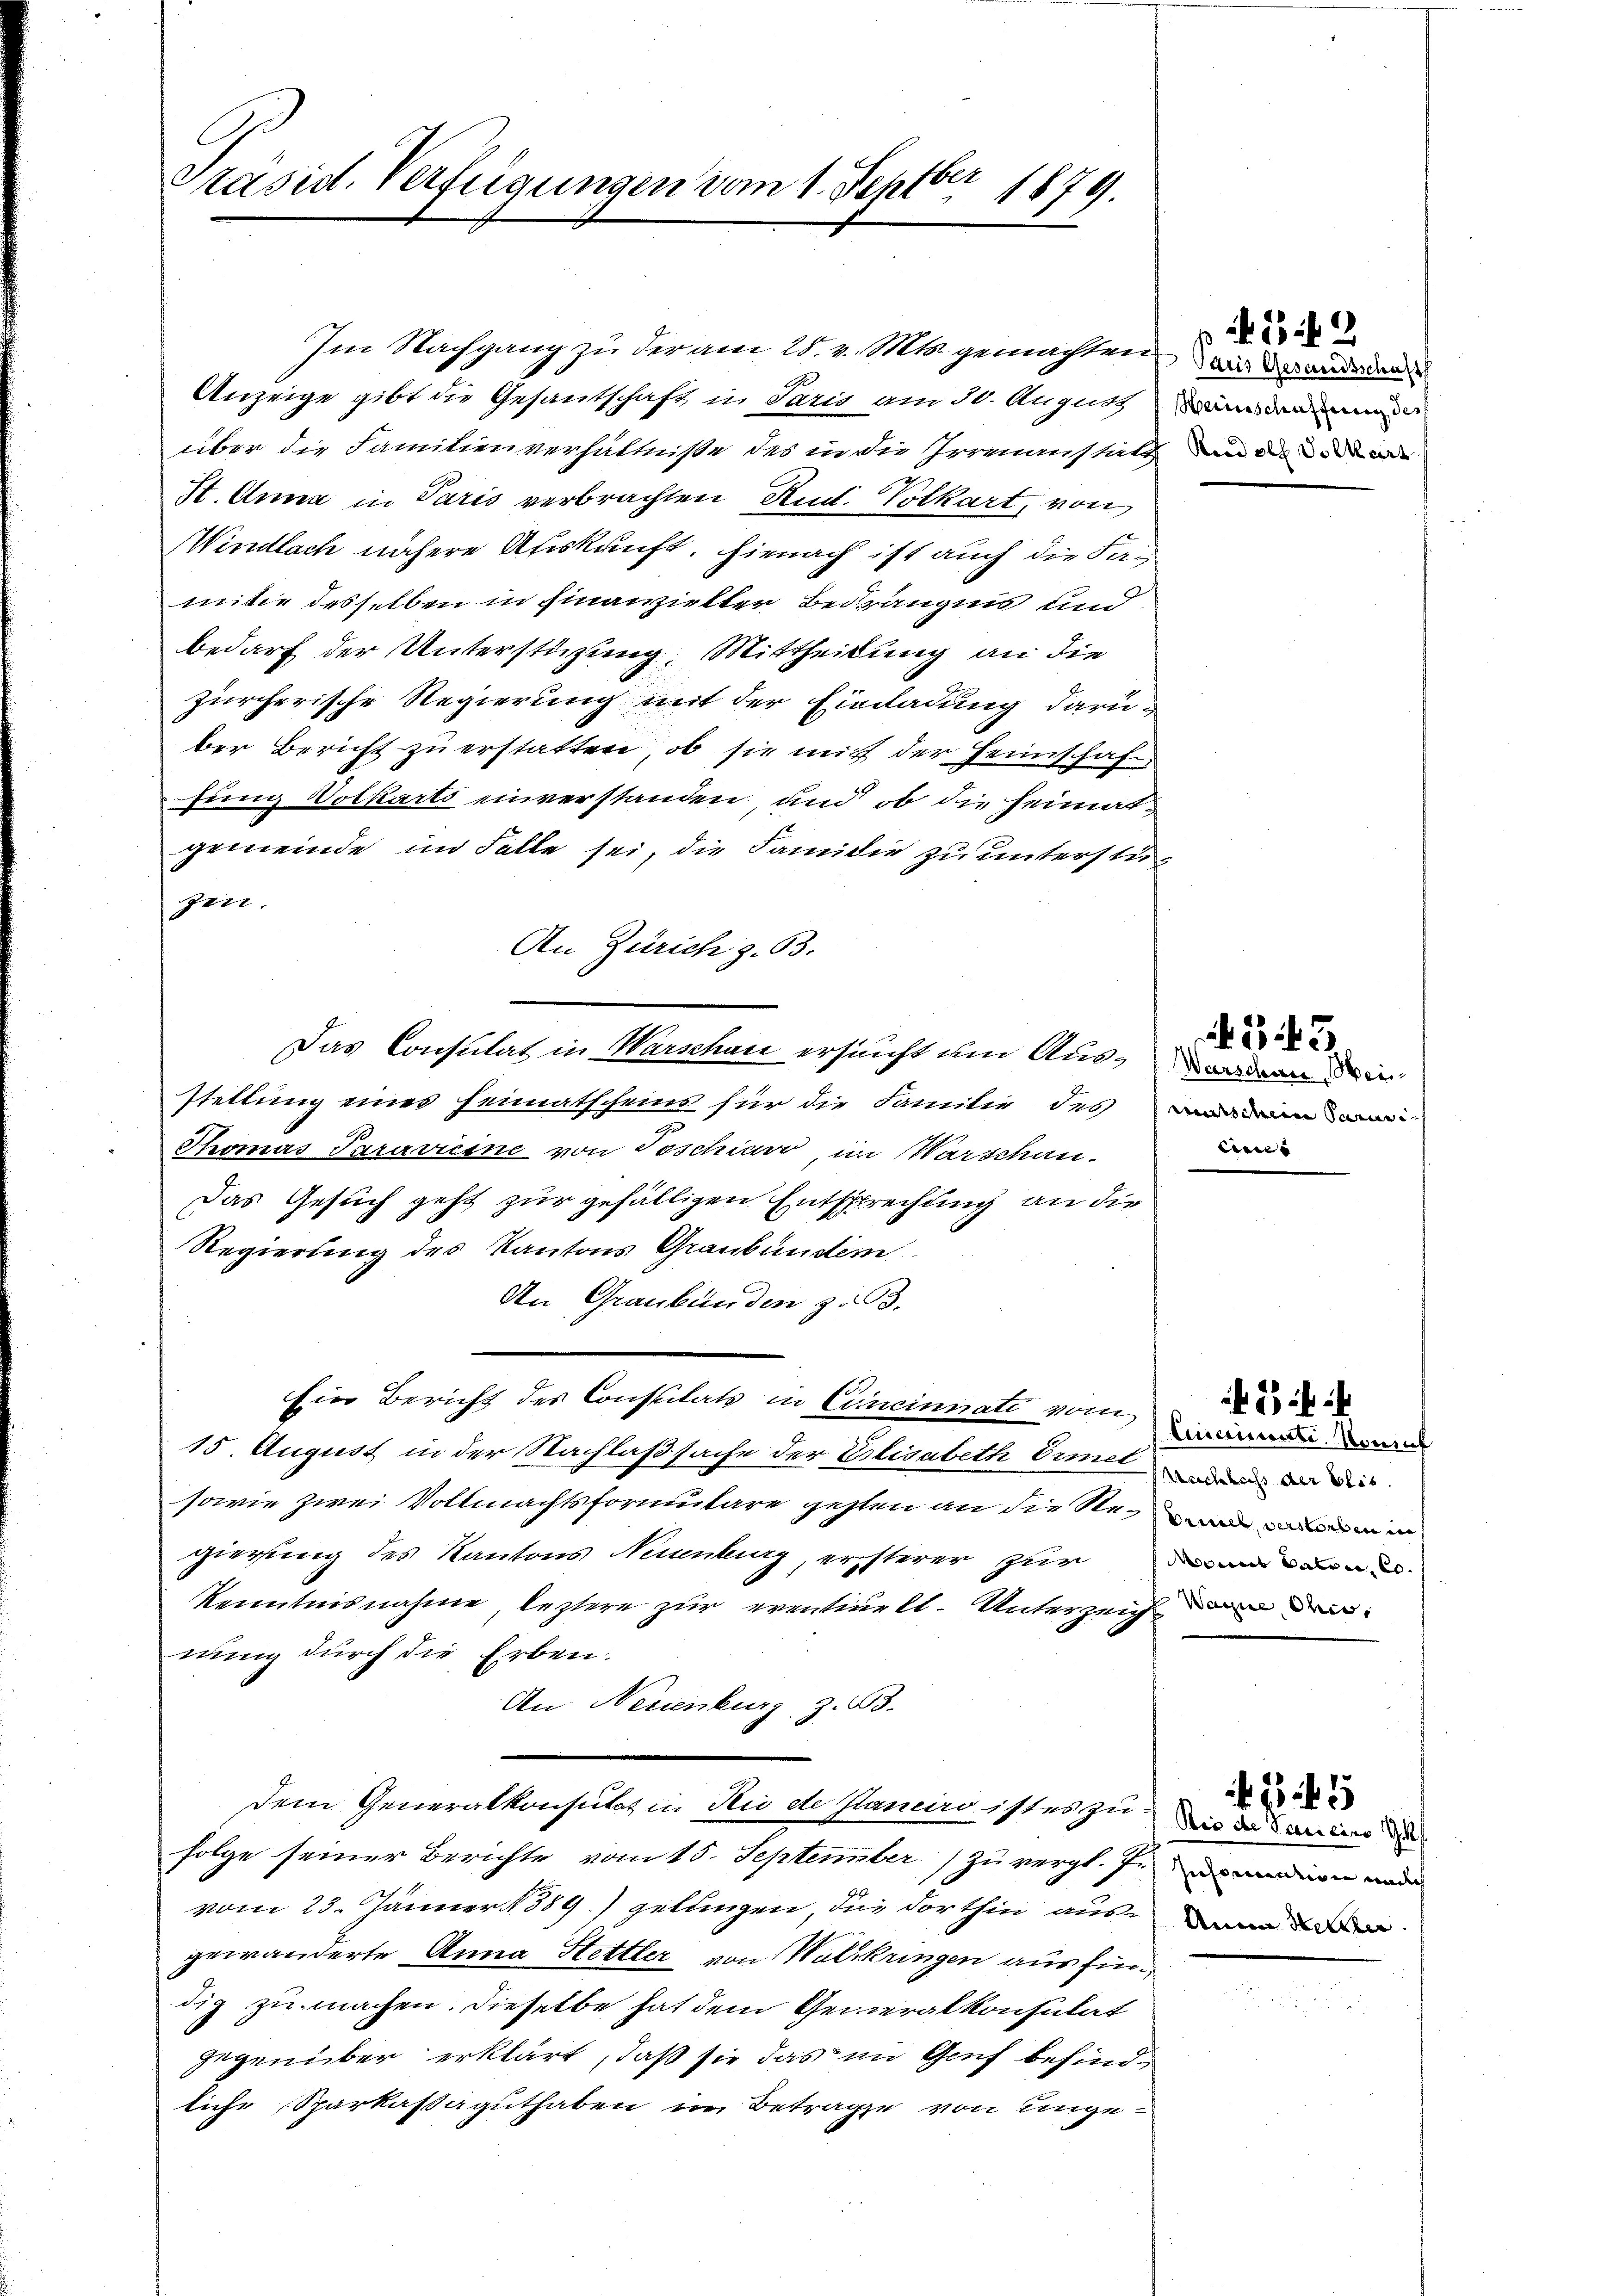
Präsid. Verfügungen vom 1. Septbr 1879.

über die Familienverhältniße des in die Irrenanstatt
St. Anna in Paris verbrachten Rud. Volkart, von
Windlach nähere Auskauft. Hienach ist auch die Famitie desselben in Finanzielter Bedrängnis und
bedarf der Unterstützung, Mittheilung an die
zürcherische Regierung mit der Einladung darüber Bericht zu erstatten, ob sie mit der Heimschaft
fung Volkarts einverstanden, und ob die Heimatgemeinde im Falle sei, die Familie zu unterstüzen.
An Zürich z. B.
Das Consulat in Warschau ersucht um Ausar denen
stellung eines Heimatscheins für die Familie des ein
Thomas Saravicine von Toschiavo im Warschau
Das Gesuch geht zur gefälligen Entsprechung an die
Regierung des Kantons Graubünden
An Graubünden z. B.
Ein Bericht des Constitats in Cincinnati vom
15. August in der Nachlaßsache der Elisabeth Ermeld
sowie zwei Vollmachtsformulare gehten an die Regen der
gierung des Kantons Neuenburg, ersterer zur
Kenntnisnahme leztere zur eventielt. Unterzeichming durch die Erben:
An Neuenburg z. 63.
Dem Generalkonsutat in Sie de Planeiro istes zu
folge seiner Berichte vom 15. September zu vergl. J. anden mode
vom 23. Jänner 1889.) gelungen, die dorthin aus man
gewänderte Anna Hettler von Walkringen aus findig zu machen. Dieselbe hat dem Generalkonsulat
gegenüber erklärt, daß sie das im Genf besind
liche Sparkassaguthaben im Betrage von einge¬

Im Nachgang zu der am 28. v. Mts. gemachten
Anzeige gibt die Gesantschaft in Paris am 30. August da

Paris Gesandtschaft
Rud pl Volkart

542

cinis

343.

Cinciati. Konial